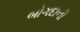
બોગદાની